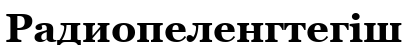
Радиопеленгтегіш